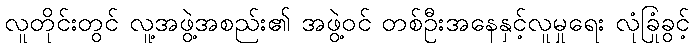
လူတိုင်းတွင် လူ့အဖွဲ့အစည်း၏ အဖွဲ့ဝင် တစ်ဦးအနေနှင့်လူမှုရေး လုံခြုံခွင့်